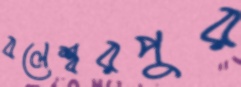
বলেশ্বরপুর